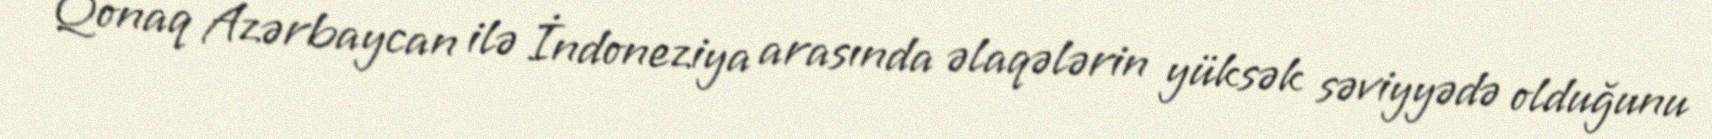
Qonaq Azərbaycan ilə İndoneziya arasında əlaqələrin yüksək səviyyədə olduğunu